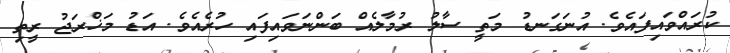
ކުރައްވައިފައެވެ. އުނަގަނޑު މަތީ ސާލު ރުމާލެއް ބަންނަވައިފައި ހުރެއެވެ. އަޑު މަޚްރަޖު ރީތި